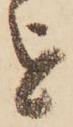
を